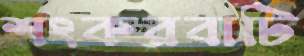
শংকরবাটি